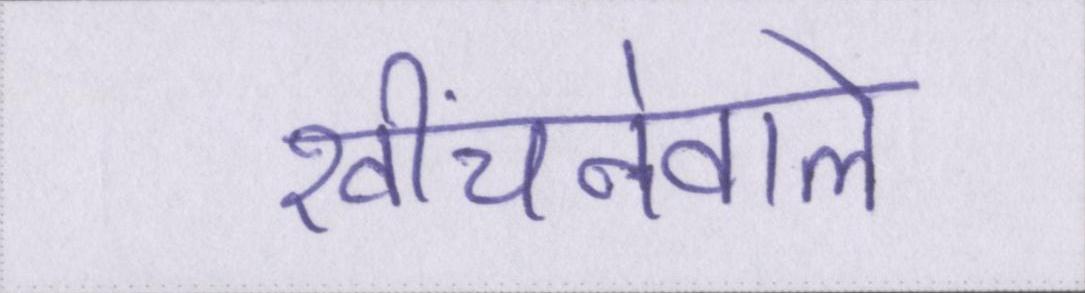
खींचनेवाले